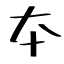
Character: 夲